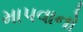
માપવાનો